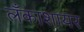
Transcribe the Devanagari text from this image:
लँकाशायर